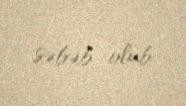
səbəb olub.